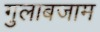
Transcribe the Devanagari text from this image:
गुलाबजाम